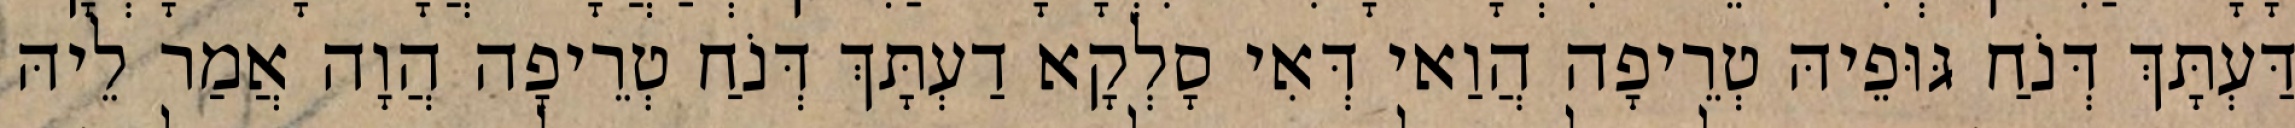
דַּעְתָּךְ דְּנֹחַ גּוּפֵיהּ טְרֵיפָה הֲוַאי דְּאִי סָלְקָא דַעְתָּךְ דְּנֹחַ טְרֵיפָה הֲוָה אֲמַר לֵיהּ